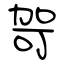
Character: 哿